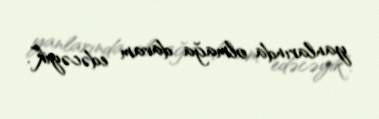
yanlarında olmağa davam edəcəyik”.